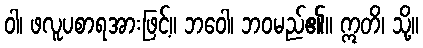
ဝါ၊ ဖလူပစာရအားဖြင့်။ ဘဝေါ၊ ဘဝမည်၏။ ဣတိ၊ သို့။